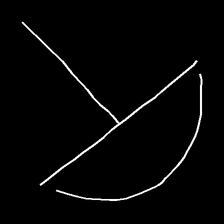
Glyph: dispersion